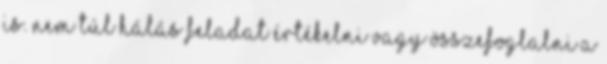
is. Nem túl hálás feladat értékelni vagy összefoglalni a